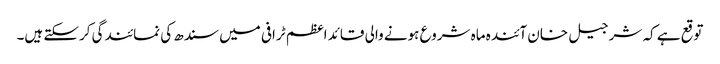
توقع ہے کہ شر جیل خان آئندہ ماہ شروع ہونے والی قائد اعظم ٹرافی میں سندھ کی نمائندگی کرسکتے ہیں۔